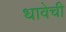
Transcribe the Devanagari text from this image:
धावेची